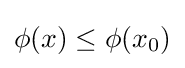
\phi (x)\leq \phi (x_{0})